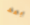
بعد